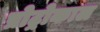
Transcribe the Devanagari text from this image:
प्रोट्रोकाल